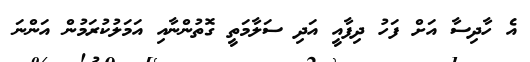
އެ ހާދިސާ އަށް ފަހު ދިފާއީ އަދި ސަލާމަތީ ގޮތުންނާއި އަމަލުކުރަމުން އަންނަ